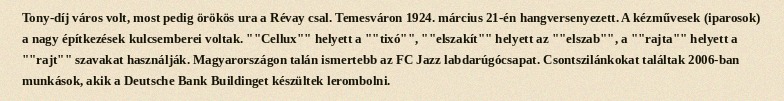
Tony-díj város volt, most pedig örökös ura a Révay csal. Temesváron 1924. március 21-én hangversenyezett. A kézművesek (iparosok) a nagy építkezések kulcsemberei voltak. ""Cellux"" helyett a ""tixó"", ""elszakít"" helyett az ""elszab"", a ""rajta"" helyett a ""rajt"" szavakat használják. Magyarországon talán ismertebb az FC Jazz labdarúgócsapat. Csontszilánkokat találtak 2006-ban munkások, akik a Deutsche Bank Buildinget készültek lerombolni.